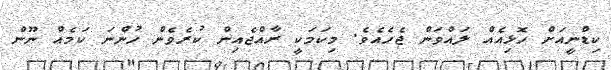
ކިޑްނީއަށް ހޮޅިއެއް ލައްވަން ޖެހެއެވެ. މިކަމަކީ ރާއްޖެއިން ކުރެވެން ހުންނަ ކަމެއް ނޫން